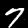
Digit: 7